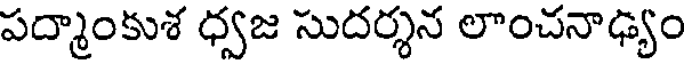
పద్మాంకుశ ధ్వజ సుదర్శన లాంచనాఢ్యం